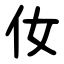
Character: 㚢